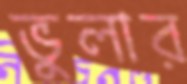
ভুলার